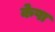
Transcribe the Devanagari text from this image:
केषा